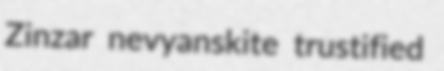
Zinzar nevyanskite trustified